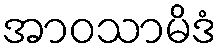
အာဝသာမိဒံ